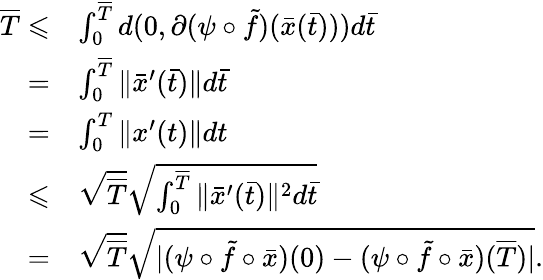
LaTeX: \begin{array}{rl}{\overline{{T}}\leqslant}&{\int_{0}^{\overline{{T}}}d(0,\partial(\psi\circ\tilde{f})(\bar{x}(\bar{t})))d\bar{t}}\\ {=}&{\int_{0}^{\overline{{T}}}\| \bar{x}^{\prime}(\bar{t})\| d\bar{t}}\\ {=}&{\int_{0}^{T}\| x^{\prime}(t)\| dt}\\ {\leqslant}&{\sqrt{\overline{{T}}}\sqrt{\int_{0}^{\overline{{T}}}\| \bar{x}^{\prime}(\bar{t})\| ^{2}d\bar{t}}}\\ {=}&{\sqrt{\overline{{T}}}\sqrt{|(\psi\circ\tilde{f}\circ\bar{x})(0)-(\psi\circ\tilde{f}\circ\bar{x})(\overline{{T}})|}.}\end{array}